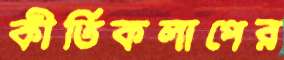
কীর্তিকলাপের